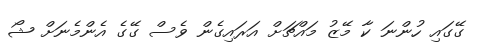
ގޭގައި ހުންނަ ކާ މޭޒު މައްޗަށް އަރައިގެން ވެސް ގޭގެ އެންމެނަށް ޝޯ